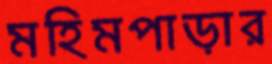
মহিমপাড়ার